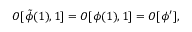
{ \cal O } [ \tilde { \phi } ( 1 ) , 1 ] = { \cal O } [ \phi ( 1 ) , 1 ] = { \cal O } [ \phi ^ { \prime } ] ,